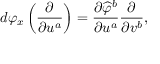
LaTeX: d \varphi _ { x } \left( { \frac { \partial } { \partial u ^ { a } } } \right) = { \frac { \partial { \widehat { \varphi } } ^ { b } } { \partial u ^ { a } } } { \frac { \partial } { \partial v ^ { b } } } ,